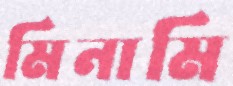
মিনামি